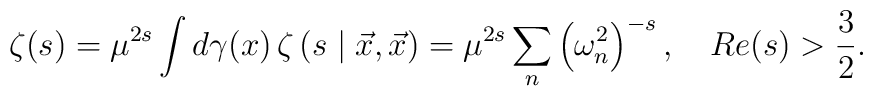
\zeta (s)=\mu ^{2s}\int d\gamma (x)\,\zeta\left( s\mid \vec{x},\vec{x}\right)=\mu ^{2s}\sum_{n}\left( \omega _{n}^{2}\right) ^{-s},\quad Re(s)>\frac{3}{2}.